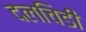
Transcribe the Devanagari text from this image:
दलचिडी